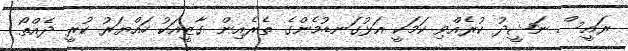
ރައީސް ނަޝީދު ކުރެއްވި ކަމަކީ އަޅުގަނޑުމެންގެ ތެރެއިން ގާޒީއަކު ހައްޔަރު ކުރީ ދެއްތޯ